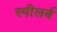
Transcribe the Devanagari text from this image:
स्पीलर्ब